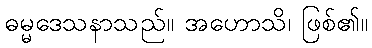
ဓမ္မဒေသနာသည်။ အဟောသိ၊ ဖြစ်၏။